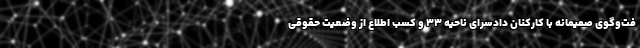
فت‌وگوی صمیمانه با کارکنان دادسرای ناحیه ۳۳ و کسب اطلاع از وضعیت حقوقی